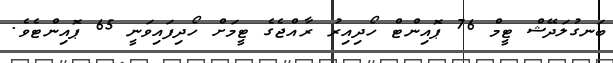
ބަނގުލަދޭޝް ޓީމް 76 ޕޮއިންޓް ހޯދިއިރު ރާއްޖެގެ ޓީމަށް ހޯދިފައިވަނީ 65 ޕޮއިންޓެވެ.